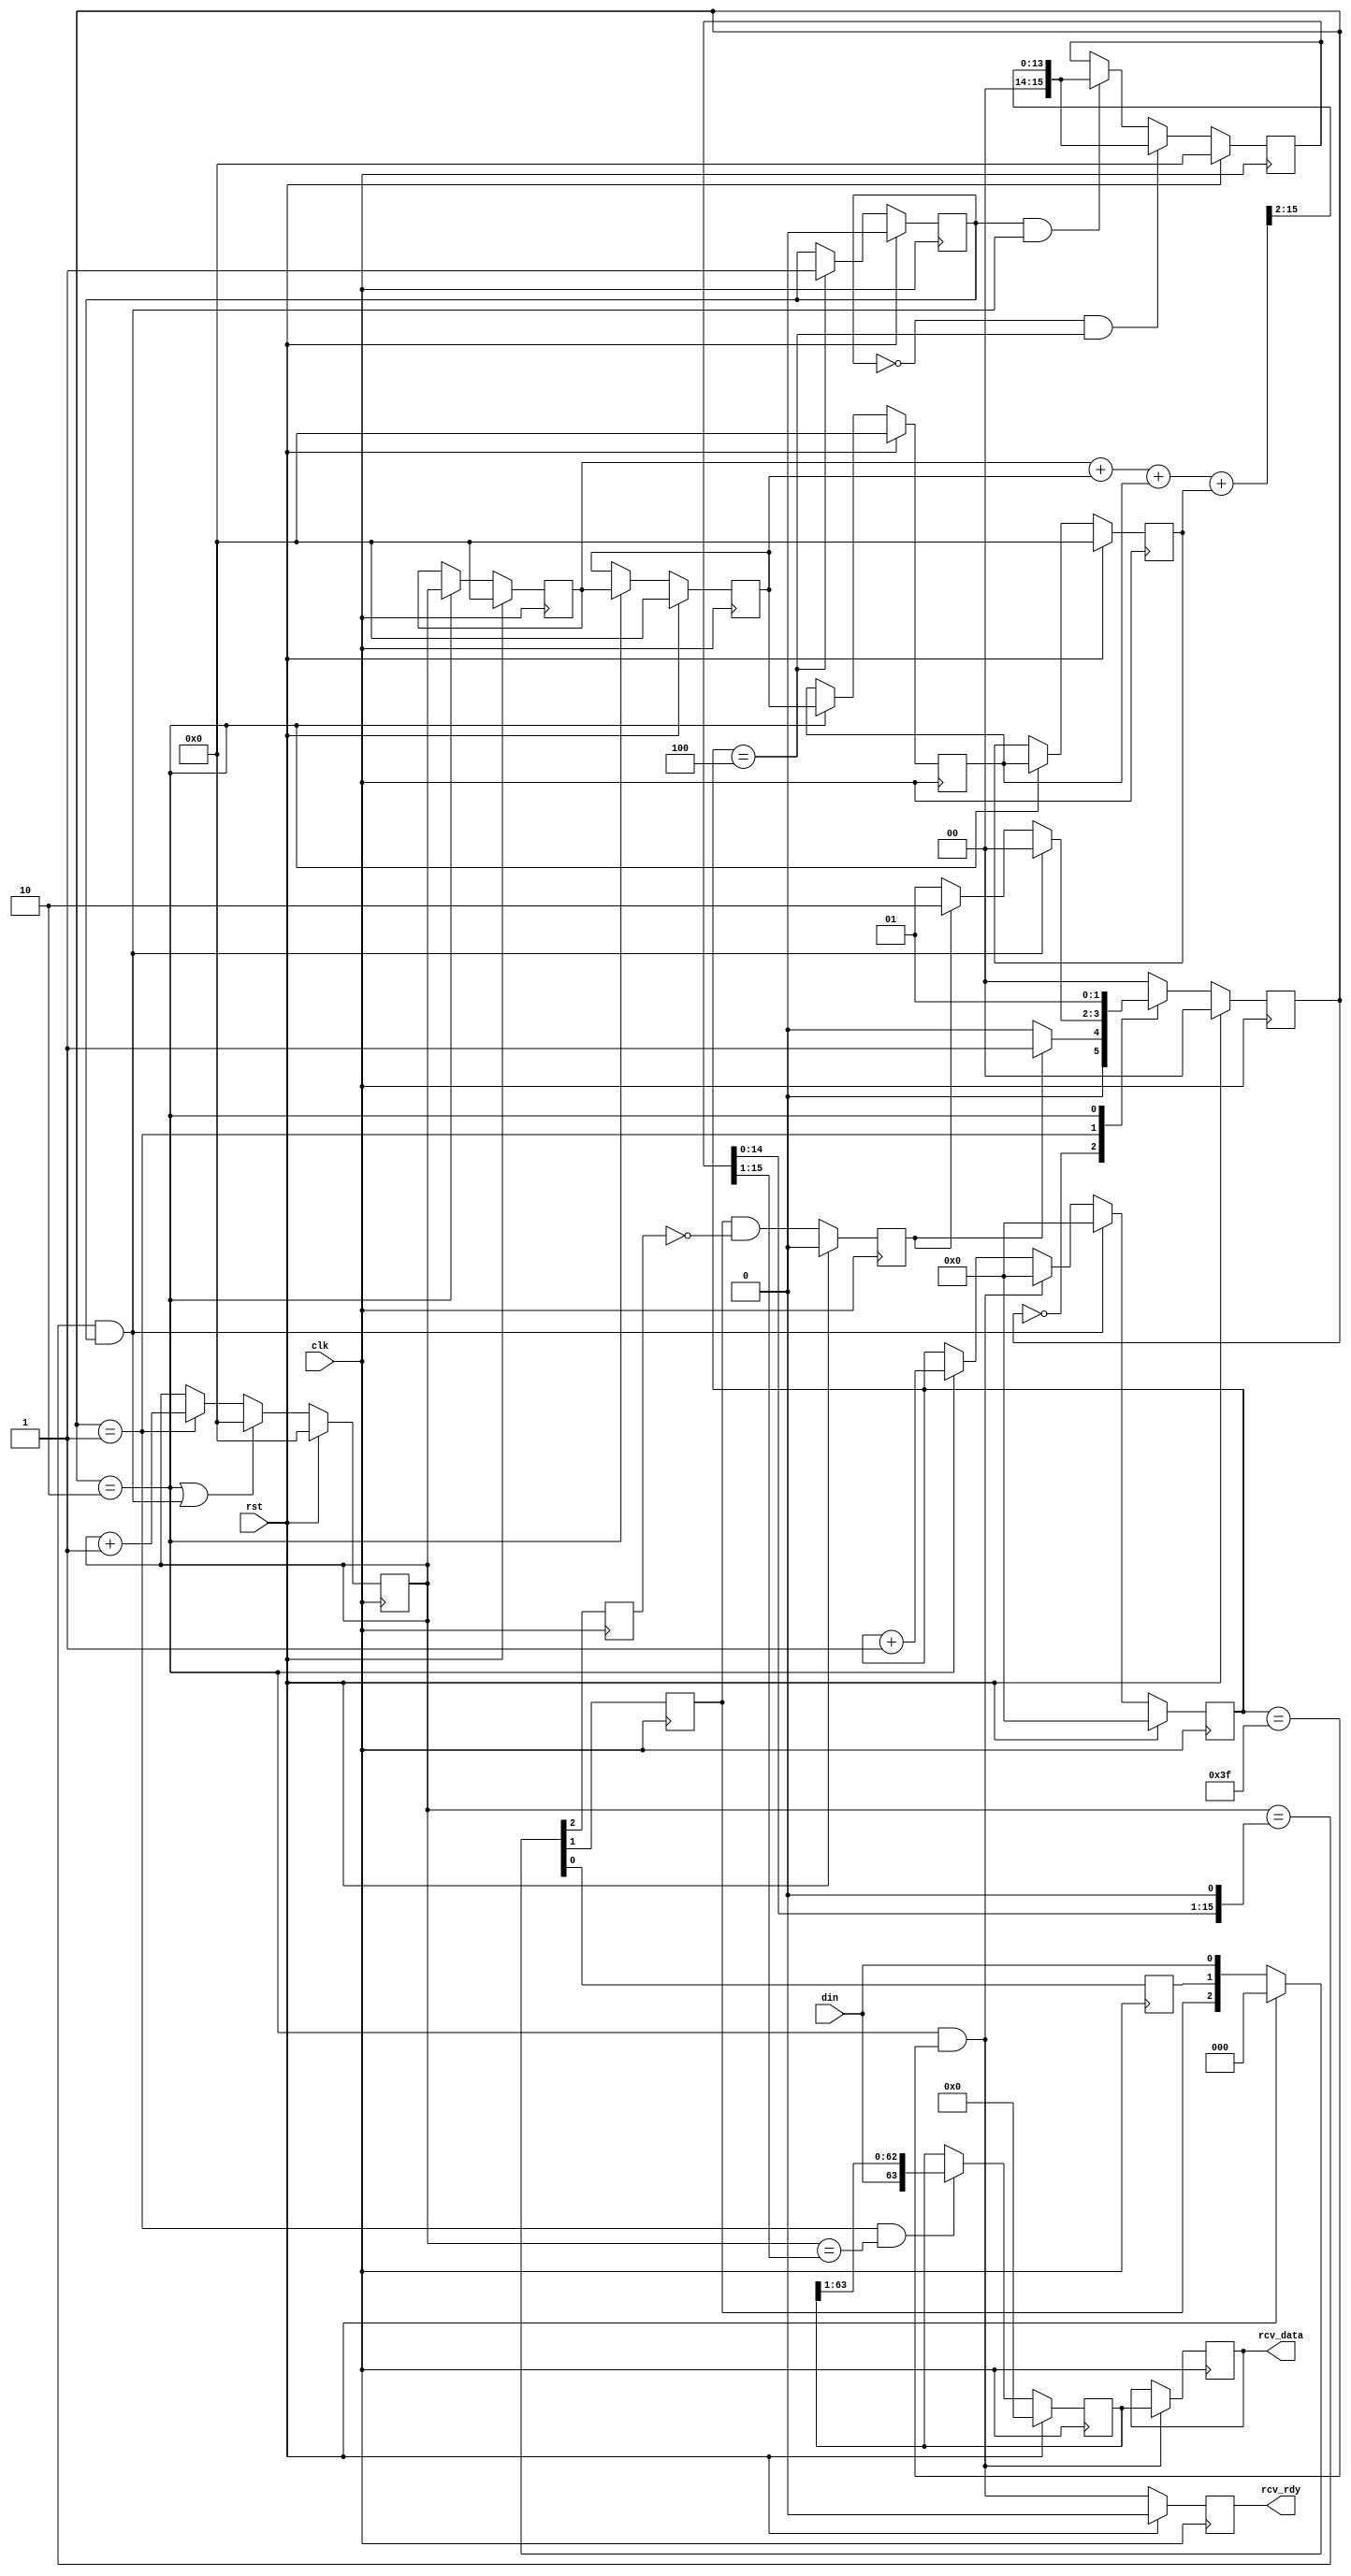
//
//  HPSDR - High Performance Software Defined Radio
//
//  Metis code. 
//
//  This program is free software; you can redistribute it and/or modify
//  it under the terms of the GNU General Public License as published by
//  the Free Software Foundation; either version 2 of the License, or
//  (at your option) any later version.
//
//  This program is distributed in the hope that it will be useful,
//  but WITHOUT ANY WARRANTY; without even the implied warranty of
//  MERCHANTABILITY or FITNESS FOR A PARTICULAR PURPOSE.  See the
//  GNU General Public License for more details.
//
//  You should have received a copy of the GNU General Public License
//  along with this program; if not, write to the Free Software
//  Foundation, Inc., 59 Temple Place, Suite 330, Boston, MA  02111-1307  USA



// OneWire_rcv - copyright 2010, 2011 Kirk Weedman KD7IRS



/*
 Simple OneWire data transfers

 Kirk Weedman

 Feb. 22, 2009

 Concept:
   Transfer data across 1 wire between FPGAs

 Method:
    DLY_TIME: time signal held low after reset occurs
    SYNC_BITS: 5 "logic 0's" transmitted once every FRAME_FREQ DATA_BITS
    DATA_BITS: Number of "logic 0" or "logic 1" bits occuring after SYNC_BITS:
    FRAME_FREQ: Number of times DATA_BITS are repeatedly sent before sending SYNC_BITS again, etc..
    FRAME: SYNC_BITS, low on DOUT for more than 4*TB, followed by DATA_BITS repeated FRAME_FREQ times
    TB: Amount of time it takes to transmit a "logic 0" or logic 1"

    After reset, the DOUT signal is held low for DLY_TIME, followed by SYNC_BITS, then followed by
    a low for greater than the length of 4 TB time periods (signaling an auto resync), then
    followed by DATA_BITS which repeat FRAME_FREQ times or until another reset occurs.

                +---+           +
    SYNC_BIT ---+   +---+---+---+  "logic 0"
                |<----- TB ---->|

                +---+---+---+   +
             ---+           +---+  "logic 1"

    To determine of a bit is a logic 0 or 1:
       1. Use a sampling clock at least 8 times faster than 1/TB.
       2. Calculate the number of sampling clocks (N) for one SYNC_BIT by averaging
          the time for all the SYNC_BITS
       3. Divide N by 2 = M
       4. At M sampling clocks after the beginning of a DATA_BIT, sample the signal
          and determine if its a logic 1 or 0

                           +-+     +-+     +-+     +-+     +-+
  DIN  --------------------+ +-+-+-+ +-+-+-+ +-+-+-+ +-+-+-+ +-+-+-+-----------------------------------
       |<---- DLY_TIME---->|<----- 5 "logic 0's" ----------------->|<---low greater than 2 bits of time

       followd by DATA_BITS made of "logic 1's" and/or "logic 0's" which are repeated FRAME_FREQ times

*/
`timescale 1ns/100ps

module onewire_rcv (rst, clk, rcv_data, rcv_rdy, din);

parameter SYNC_BITS  = 5;        // Number of "logic 0" sync bits used by receiver to determine TB
parameter DATA_BITS  = 64;       // Number of data bits (logic 0 or 1) to transmit
parameter TPD        = 1.3;

localparam XS    = clogb2(DATA_BITS-1);

input  wire                 rst;        // reset signal
input  wire                 clk;        // high speed sampling clock
output reg  [DATA_BITS-1:0] rcv_data;
output reg                  rcv_rdy;
input  wire                 din;

// local registers
reg          [15:0] tb_cnt;
reg          [15:0] tb_width;
wire         [15:0] Q12;

reg [DATA_BITS-1:0] rdata;
reg        [XS-1:0] data_cnt;

reg                 d2, d1, d0;
reg                 DBrise;
reg           [1:0] TB_state;
reg           [1:0] TB_state_next;
reg          [15:0] S_TB [0:3]; // SYNC_BIT TB time recording
wire                resync;
wire         [15:0] timeout;
reg                 tb_flag;

localparam TB_IDLE   = 0,
           TB_BIT    = 1,
           TB_NEXT   = 2;

assign timeout = (tb_width<<1); // din low for more than 2 * tb_width is a resync
// resync occurs if low more than 2*TB once we've gotten the initial SYNC_BITS
assign resync  = (tb_cnt == timeout) && tb_flag;

assign Q12 = (tb_width >> 1); // TB/2

always @(posedge clk)
begin
  if (rst)
    tb_flag <= #TPD 1'b0;
  else if (data_cnt == (SYNC_BITS-1))
    tb_flag <= #TPD 1'b1; // stays high once 1st set of SYNC_BITS has finished

  if (rst)
    {d2, d1, d0} <= #TPD 3'b0;
  else
    {d2, d1, d0} <= #TPD {d1, d0, din};

  if (rst)
    DBrise <= #TPD 1'b0;
  else
    DBrise <= #TPD d1 & !d2; // rising edge of DATA_BIT or SYNC_BIT

  if (rst)
    tb_cnt <= #TPD 1'b0;
  else if ((TB_state == TB_NEXT) || resync)
    tb_cnt <= #TPD 1'b0;
  else if (TB_state == TB_BIT)
    tb_cnt <= #TPD tb_cnt + 1'b1;

  if (rst)
    tb_width <= #TPD 0;
  else if (!tb_flag && (data_cnt == (SYNC_BITS-1)))
    tb_width <= #TPD (S_TB[0]+S_TB[1]+S_TB[2]+S_TB[3]) >> 2; // new average of SYNC_BIT timings
  else if (tb_flag && resync) // once every second
    tb_width <= #TPD (S_TB[0]+S_TB[1]+S_TB[2]+S_TB[3]) >> 2; // new average of SYNC_BIT timings

  if (rst)
    {S_TB[3], S_TB[2], S_TB[1], S_TB[0]} <= #TPD {16'b0,16'b0,16'b0,16'b0};
  else if (TB_state == TB_NEXT)
    {S_TB[3], S_TB[2], S_TB[1], S_TB[0]} <= #TPD {S_TB[2], S_TB[1], S_TB[0], tb_cnt};

  if (rst)
    TB_state <= #TPD TB_IDLE;
  else
    TB_state <= #TPD TB_state_next;

  if (rst)
    rdata <= #TPD 1'b0;
  else if ((TB_state == TB_BIT) && (tb_cnt == Q12))
    rdata <= #TPD {din,rdata[DATA_BITS-1:1]};

  if ((TB_state == TB_NEXT) && (data_cnt == (DATA_BITS-1)))
    rcv_data <= #TPD rdata;

  if (rst)
    rcv_rdy <= #TPD 1'b0;
  else
    rcv_rdy <= #TPD ((TB_state == TB_NEXT) && (data_cnt == (DATA_BITS-1)));

  if (rst)
    data_cnt <= #TPD 1'b0;
  else if (resync)
    data_cnt <= #TPD 1'b0;
  else if ((TB_state == TB_NEXT) && (data_cnt == (DATA_BITS-1)))
    data_cnt <= #TPD 1'b0;
  else if (TB_state == TB_NEXT)
    data_cnt <= #TPD data_cnt + 1'b1;
end

always @*
begin
   case(TB_state)
     TB_IDLE:
     begin
       if (DBrise)
         TB_state_next = TB_BIT;  // beginning of a DATA_BIT or SYNC_BIT
       else
         TB_state_next = TB_IDLE;  // Wait for 1st DATA_BIT or SYNC_BIT
     end

     TB_BIT:
     begin
       if (resync)
         TB_state_next = TB_IDLE;
       else if (DBrise)
         TB_state_next = TB_NEXT;  // beginning of nexy DATA_BIT or SYNC_BIT
       else
         TB_state_next = TB_BIT;
     end

     TB_NEXT:
     begin
       TB_state_next = TB_BIT;
     end

     default:
     begin
       TB_state_next = TB_IDLE;
     end
   endcase
end


function integer clogb2;
input [31:0] depth;
begin
  for(clogb2=0; depth>0; clogb2=clogb2+1)
  depth = depth >> 1;
end
endfunction

endmodule